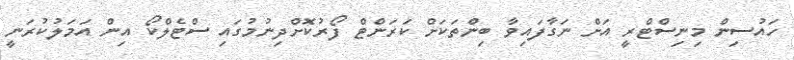
ހައުސިން މިނިސްޓްރީ އަށް ނަގާފައިވާ ބިންތަކަށް ކަރަންޓް ފޯރުކޮށްދިނުމުގައި ސްޓެލްކޯ އިން އަމަލުކުރަނީ